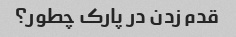
قدم زدن در پارک چطور؟